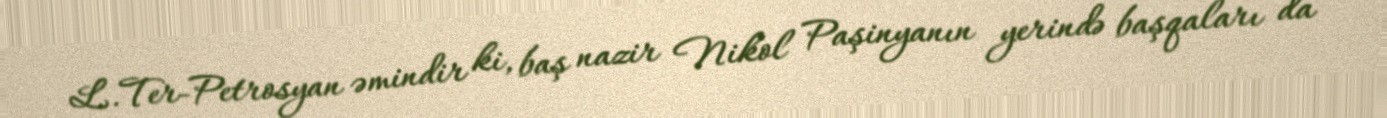
L.Ter-Petrosyan əmindir ki, baş nazir Nikol Paşinyanın yerində başqaları da